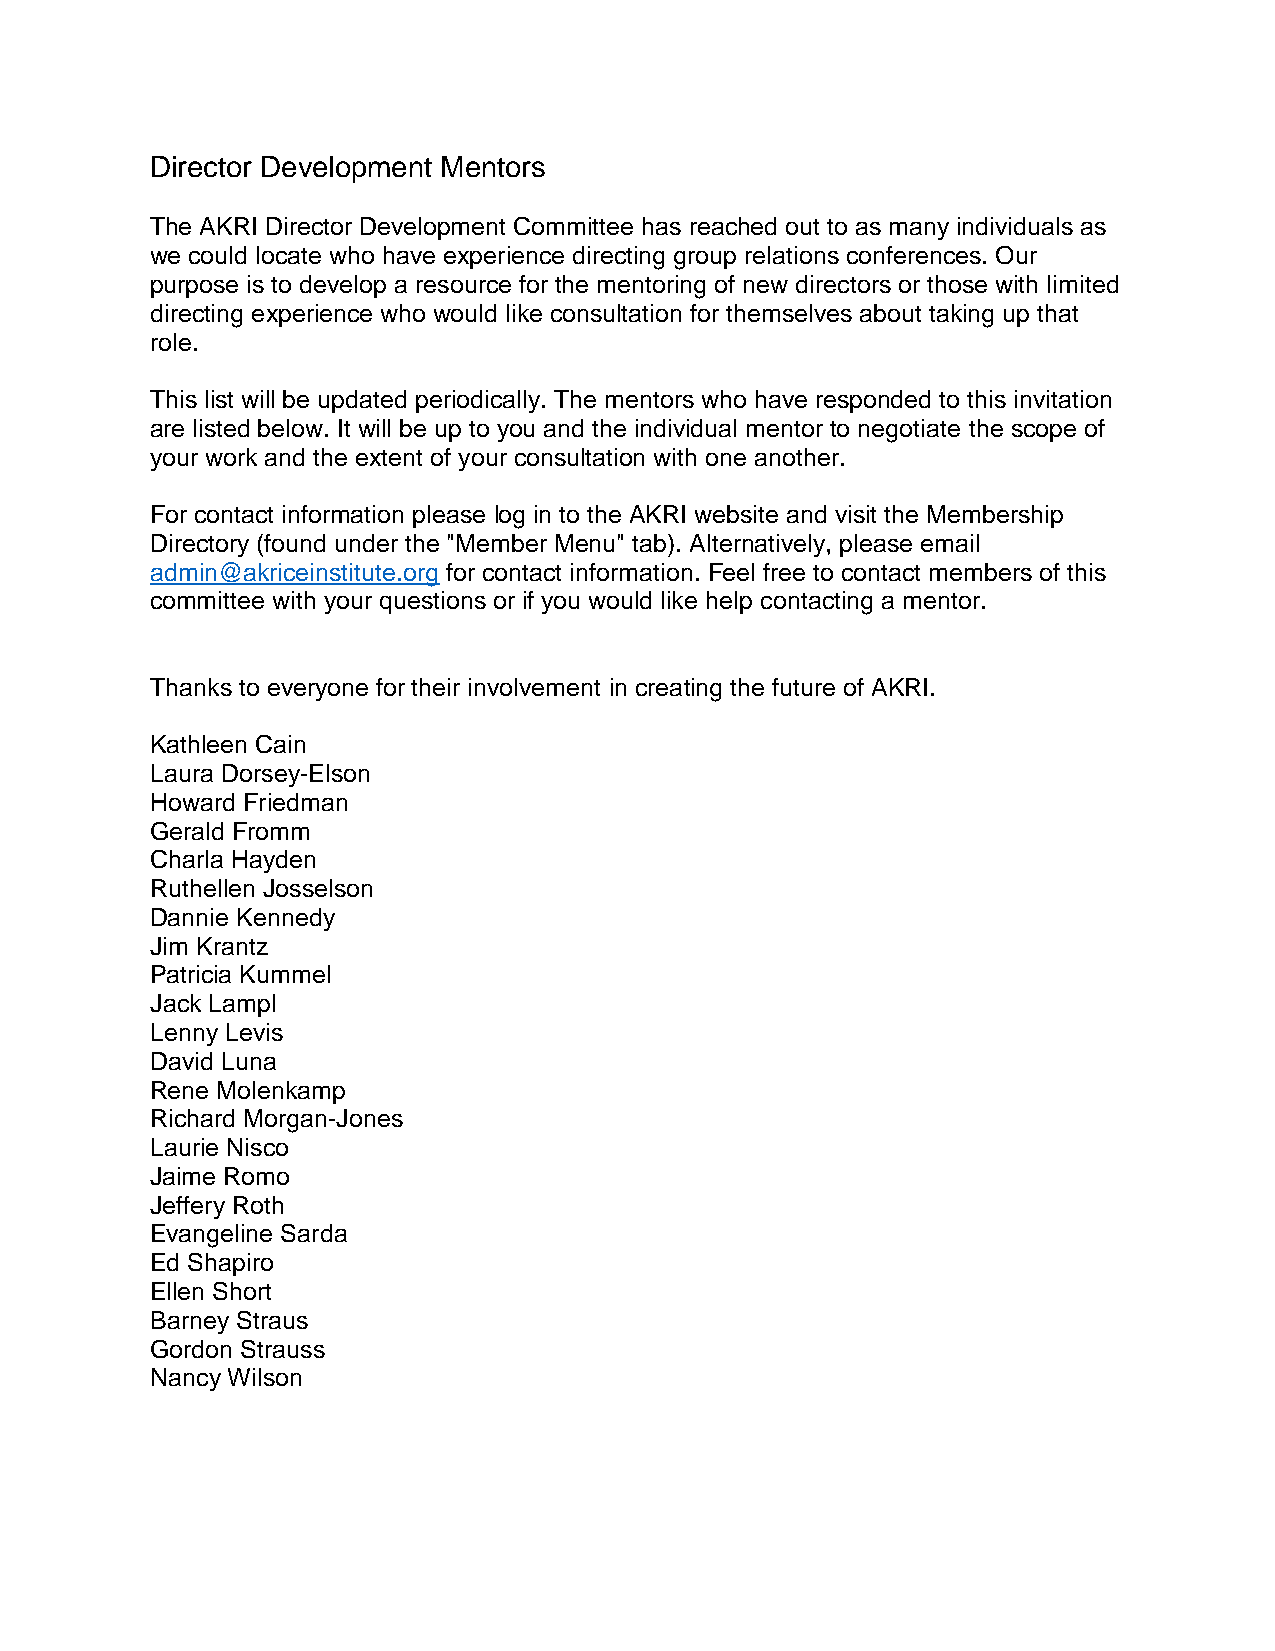
Director Development Mentors
 The AKRI Director Development Committee has reached out to as many individuals as
 we could locate who have experience directing group relations conferences. Our
 purpose is to develop a resource for the mentoring of new directors or those with limited
 directing experience who would like consultation for themselves about taking up that
 role.
 This list will be updated periodically. The mentors who have responded to this invitation
 are listed below. It will be up to you and the individual mentor to negotiate the scope of
 your work and the extent of your consultation with one another.
 For contact information please log in to the AKRI website and visit the Membership
 Directory (found under the "Member Menu" tab). Alternatively, please email
 admin@akriceinstitute.org for contact information. Feel free to contact members of this
 committee with your questions or if you would like help contacting a mentor.
 Thanks to everyone for their involvement in creating the future of AKRI.
 Kathleen Cain
 Laura Dorsey-Elson
 Howard Friedman
 Gerald Fromm
 Charla Hayden
 Ruthellen Josselson
 Dannie Kennedy
 Jim Krantz
 Patricia Kummel
 Jack Lampl
 Lenny Levis
 David Luna
 Rene Molenkamp
 Richard Morgan-Jones
 Laurie Nisco
 Jaime Romo
 Jeffery Roth
 Evangeline Sarda
 Ed Shapiro
 Ellen Short
 Barney Straus
 Gordon Strauss
 Nancy Wilson